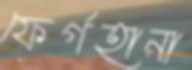
ফের্গহানা